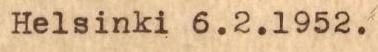
Helsinki 6.2.1952.